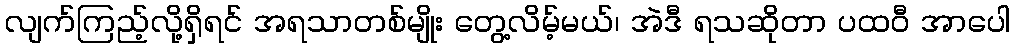
လျက်ကြည့်လို့ရှိရင် အရသာတစ်မျိုး တွေ့လိမ့်မယ်၊ အဲဒီ ရသဆိုတာ ပထဝီ အာပေါ